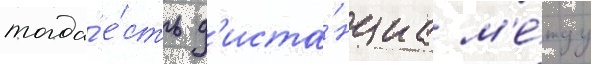
тогда́ е́сть д'иста́нциа м'е́жду